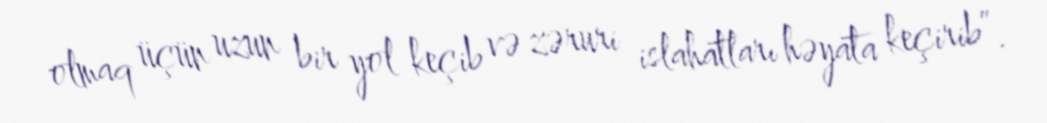
olmaq üçün uzun bir yol keçib və zəruri islahatları həyata keçirib”.